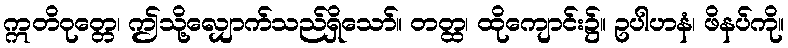
ဣတိဝုတ္တေ၊ ဤသို့လျှောက်သည်ရှိသော်။ တတ္ထ၊ ထိုကျောင်း၌။ ဥပါဟနံ၊ ဖိနပ်ကို။